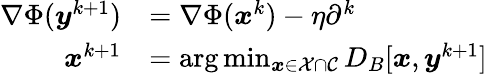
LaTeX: \begin{array}{rl}{\nabla\Phi(\boldsymbol{y}^{k+1})}&{=\nabla\Phi(\boldsymbol{x}^{k})-\eta\partial^{k}}\\ {\boldsymbol{x}^{k+1}}&{=\arg\operatorname*{min}_{\boldsymbol{x}\in{\mathcal{X}\cap\mathcal{C}}}D_{B}[\boldsymbol{x},\boldsymbol{y}^{k+1}]}\end{array}